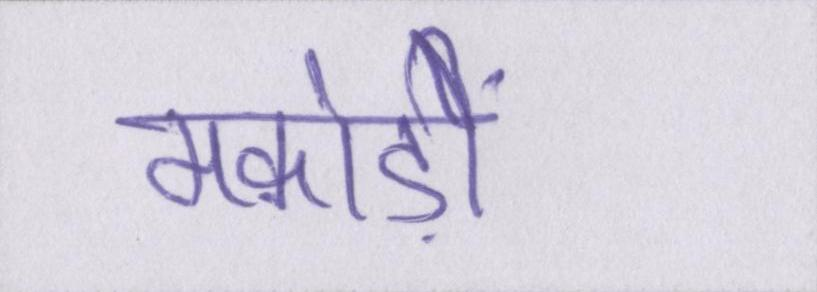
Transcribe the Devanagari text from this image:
मकोड़ों